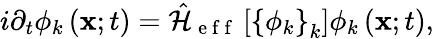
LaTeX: i\partial_{t}\phi_{k}\left({\mathbf x};t\right)=\hat{\mathcal{H}}_{\mathrm{~e~f~f~}}\left[\left\{ \phi_{k}\right\} _{k}\right]\phi_{k}\left({\mathbf x};t\right),